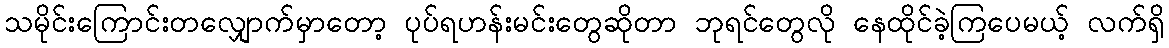
သမိုင်းကြောင်းတလျှောက်မှာတော့ ပုပ်ရဟန်းမင်းတွေဆိုတာ ဘုရင်တွေလို နေထိုင်ခဲ့ကြပေမယ့် လက်ရှိ